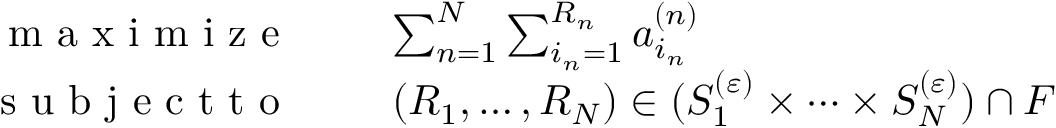
\begin{array} { r l } { \textnormal { m a x i m i z e ~ ~ } } & { \sum _ { n = 1 } ^ { N } \sum _ { i _ { n } = 1 } ^ { R _ { n } } a _ { i _ { n } } ^ { ( n ) } } \\ { \textnormal { s u b j e c t t o ~ ~ } } & { ( R _ { 1 } , \ldots , R _ { N } ) \in ( S _ { 1 } ^ { ( \varepsilon ) } \times \dots \times S _ { N } ^ { ( \varepsilon ) } ) \cap F } \end{array}